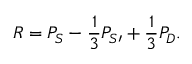
R = P _ { S } - { \frac { 1 } { 3 } } P _ { S \prime } + { \frac { 1 } { 3 } } P _ { D } .